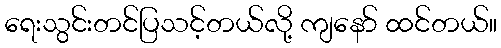
ရေးသွင်းတင်ပြသင့်တယ်လို့ ကျနော် ထင်တယ်။